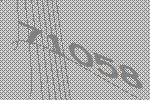
71058